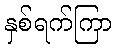
နှစ်ရက်ကြာ